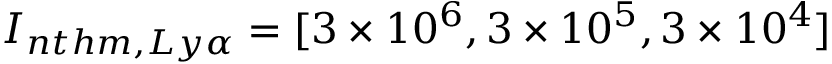
I _ { n t h m , L y \alpha } = [ 3 \times 1 0 ^ { 6 } , 3 \times 1 0 ^ { 5 } , 3 \times 1 0 ^ { 4 } ]